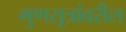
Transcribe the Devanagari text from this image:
गुणसूत्रांवरील